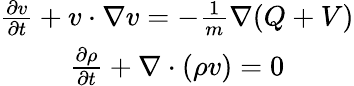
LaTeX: \begin{array}{c}{\frac{\partial v}{\partial t}+v\cdot\nabla v=-\frac{1}{m}\nabla(Q+V)}\\ {\frac{\partial\rho}{\partial t}+\nabla\cdot(\rho v)=0}\end{array}